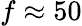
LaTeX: f\approx 50